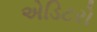
એડિટરો